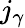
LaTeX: j_{\gamma}